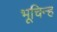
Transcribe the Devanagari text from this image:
भूचिन्ह